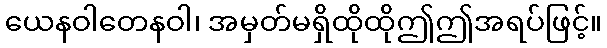
ယေနဝါတေနဝါ၊ အမှတ်မရှိထိုထိုဤဤအရပ်ဖြင့်။